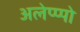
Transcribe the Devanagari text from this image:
अलेप्प्पो